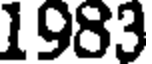
1983